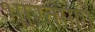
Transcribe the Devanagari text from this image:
भारतमार्गे